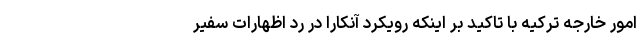
امور خارجه ترکیه با تاکید بر اینکه رویکرد آنکارا در رد اظهارات سفیر